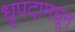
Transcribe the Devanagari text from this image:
धृपदामधून